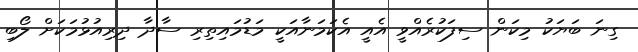
ގިނަ ބަޔަކު މިކަން ސިފަކުރެއްވީ އެއީ އެކަމަނާއަކީ މަޑުމައިތިރި ސާދާ ދިރިއުޅުމަކަށް ލޯބި